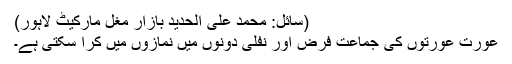
(سائل: محمد علی الحدید بازار مغل مارکیٹ لاہور)
عورت عورتوں کی جماعت فرض اور نفلی دونوں میں نمازوں میں کرا سکتی ہے۔